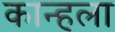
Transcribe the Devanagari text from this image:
कान्हला